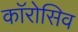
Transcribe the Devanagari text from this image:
काॅरोसिव